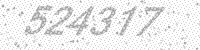
Solution: 524317